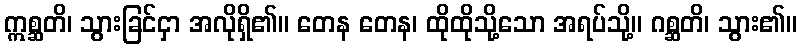
ဣစ္ဆတိ၊ သွားခြင်ငှာ အလိုရှိ၏။ တေန တေန၊ ထိုထိုသို့သော အရပ်သို့။ ဂစ္ဆတိ၊ သွား၏။